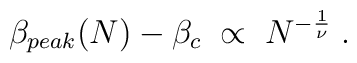
\beta_{peak}(N)-\beta_c\;\propto\;N^{-{1\over\nu}}\;.